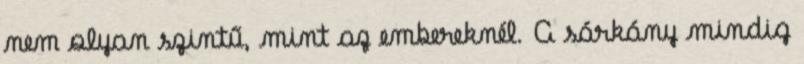
nem olyan szintű, mint az embereknél. A sárkány mindig